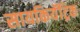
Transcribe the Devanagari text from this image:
सायकियॅट्रिक